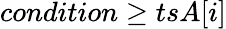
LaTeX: condition\ge tsA[i]